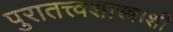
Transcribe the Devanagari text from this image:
पुरातत्त्वशास्त्राशी